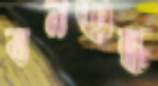
বনশুল্ক